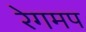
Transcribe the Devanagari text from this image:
रेगमप